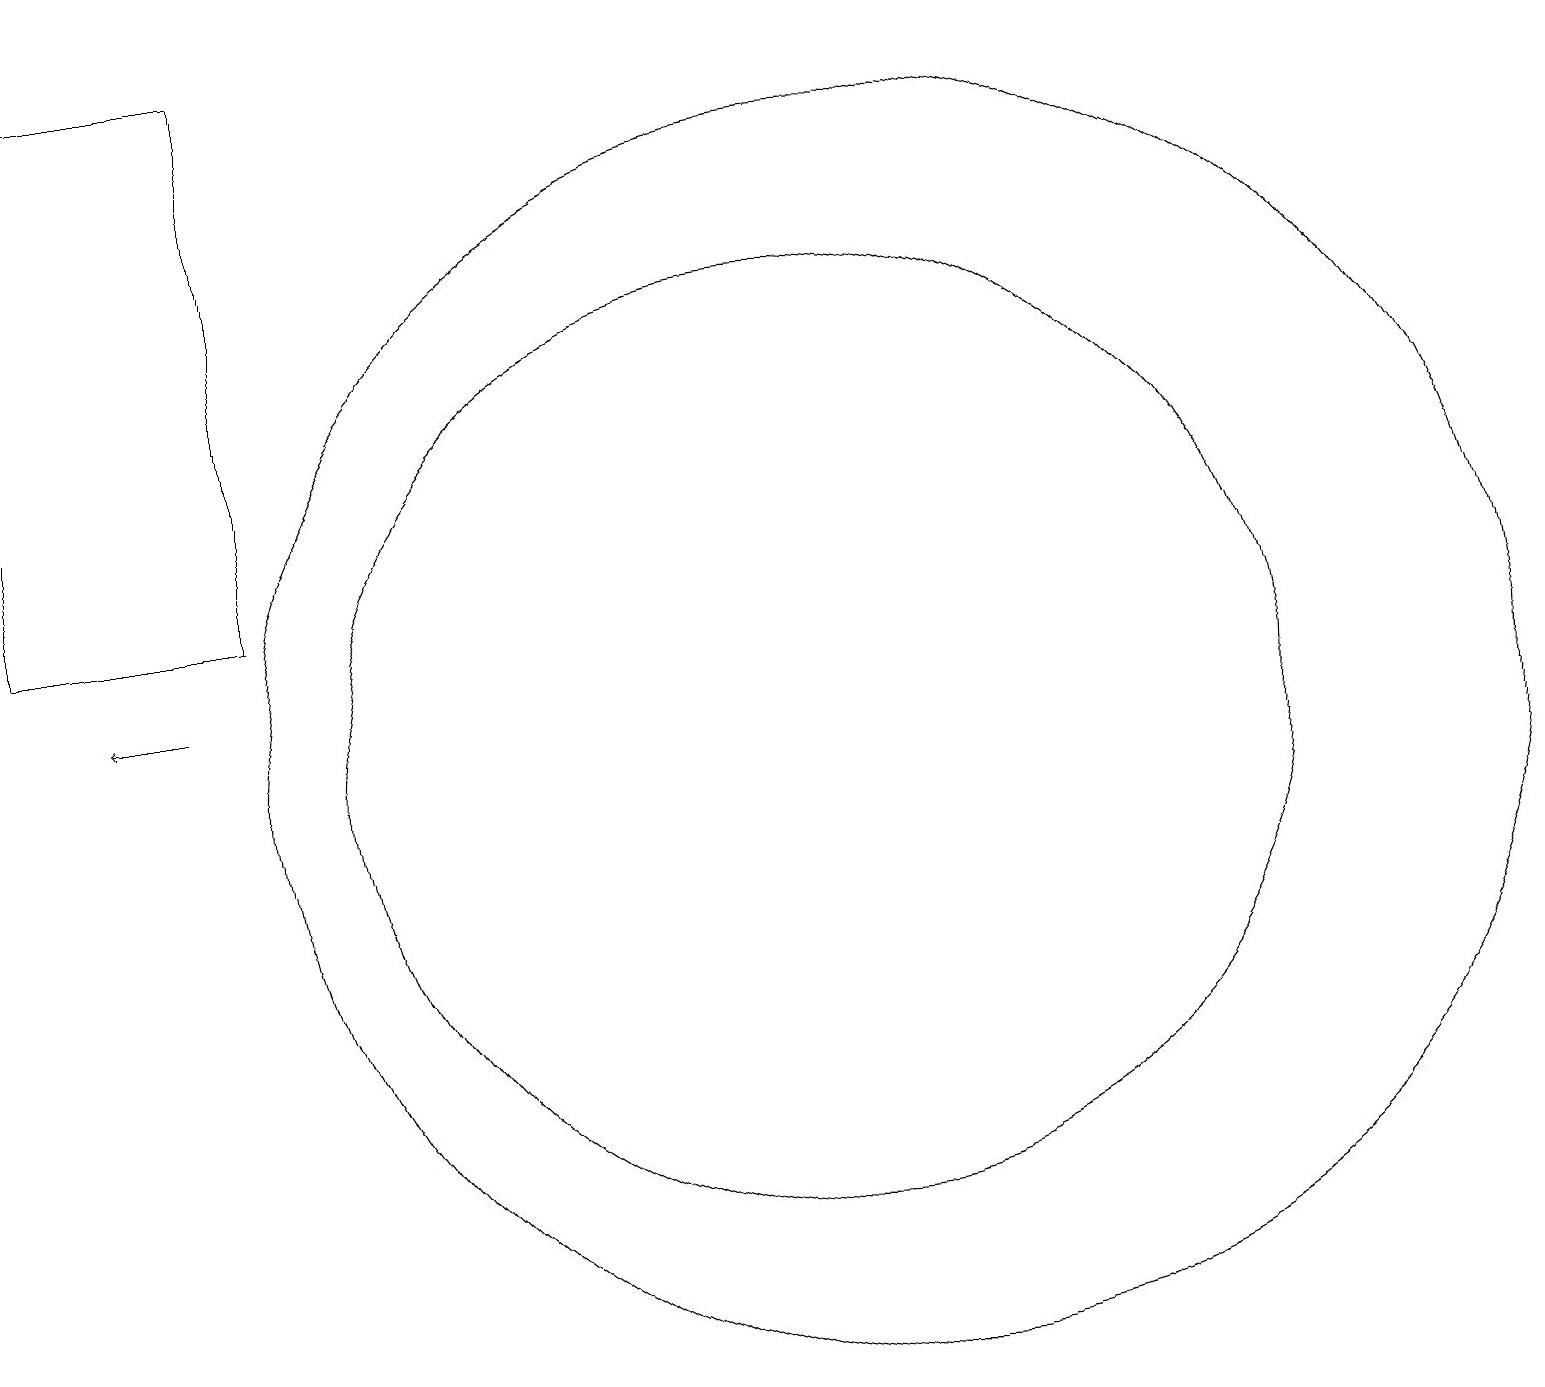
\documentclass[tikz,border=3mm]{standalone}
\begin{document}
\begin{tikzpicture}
\draw[->] (3,11) -- (2,11);
\draw (11,10) circle (6);
\draw (12,10) circle (8);
\draw (4,12) rectangle (1,19);
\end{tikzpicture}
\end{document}